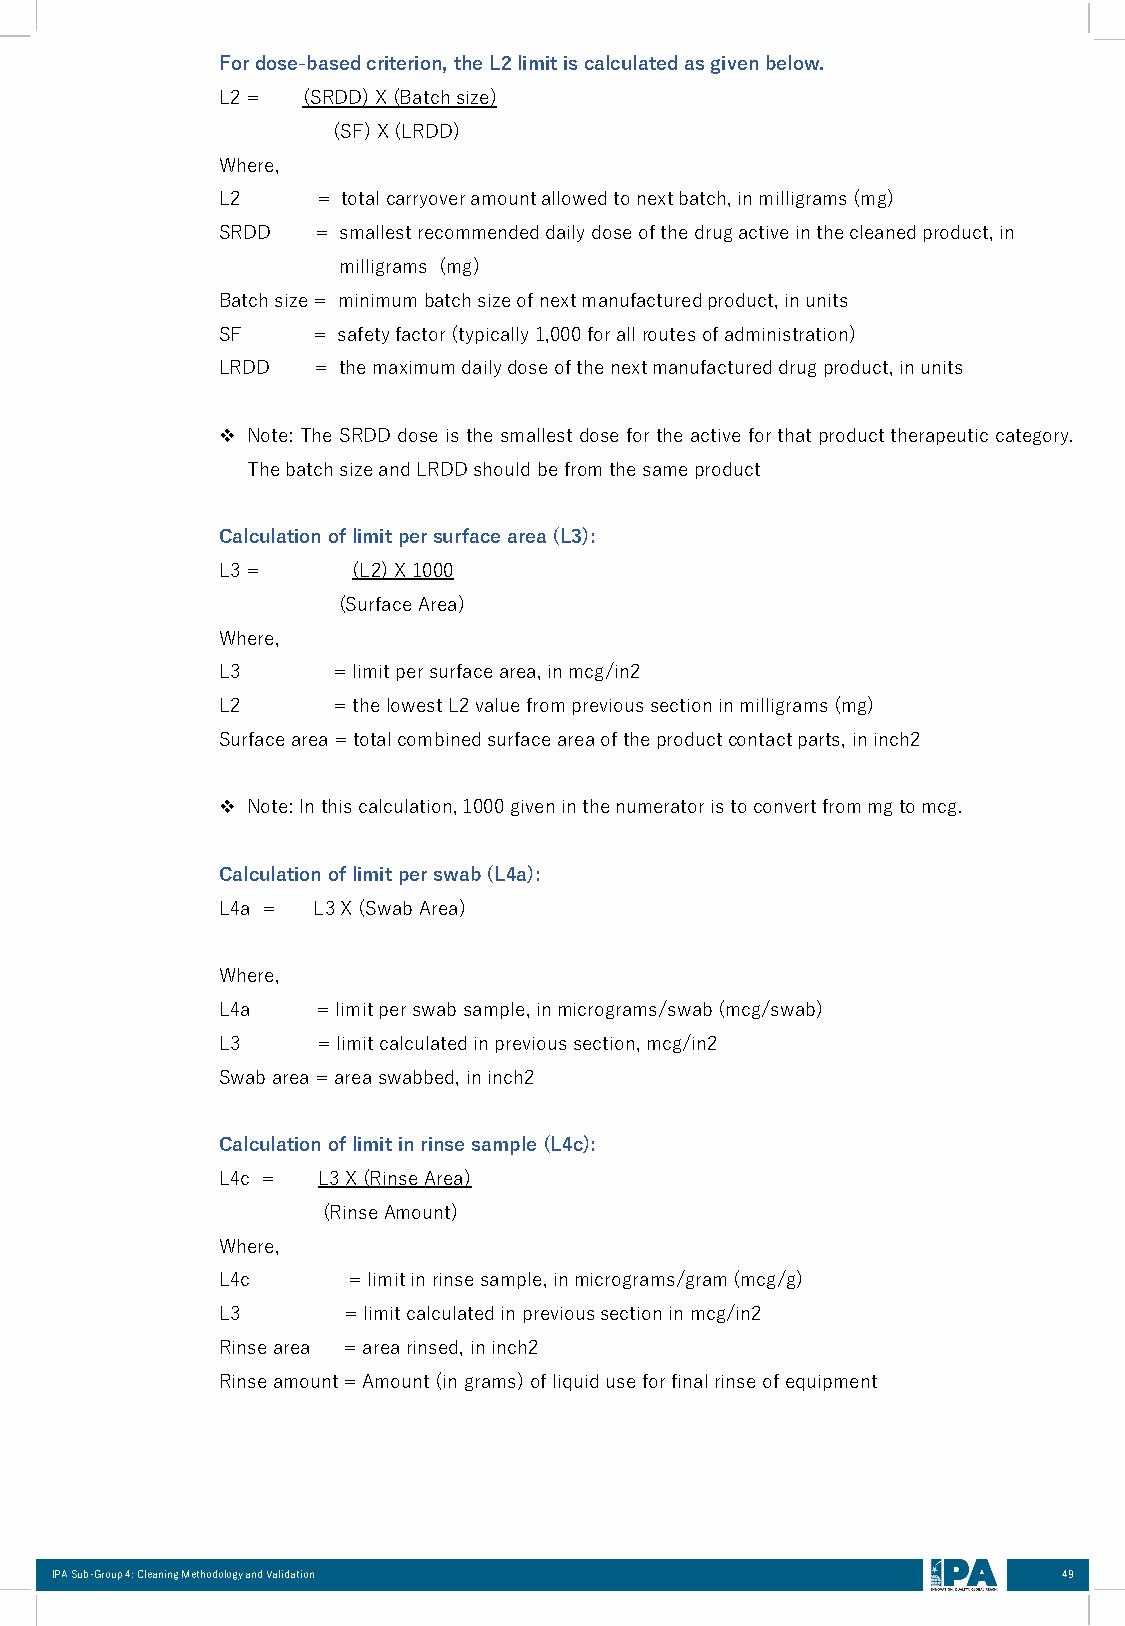
Fordose-basedcriterion, theL2limitiscalculatedasgivenbelow.
 L2=   (SRDD)X(Batchsize)
 (SF)X(LRDD)
 Where,
 L2     = totalcarryoveramountallowedtonextbatch,inmilligrams(mg)
 SRDD   = smallest recommended daily dose of the drug active in the cleaned product, in
 milligrams (mg)
 Batchsize= minimumbatchsizeofnextmanufacturedproduct,inunits
 SF     = safetyfactor(typically1,000forallroutesofadministration)
 LRDD   = themaximumdailydoseofthenextmanufactureddrugproduct,inunits
 ❖ Note:TheSRDD dose isthe smallestdose forthe activeforthatproducttherapeuticcategory.
 ThebatchsizeandLRDDshouldbefromthesameproduct
 Calculationoflimitpersurfacearea(L3):
 L3=      (L2)X1000
 (SurfaceArea)
 Where,
 L3      =limitpersurfacearea,inmcg/in2
 L2      =thelowestL2valuefromprevioussectioninmilligrams(mg)
 Surfacearea=totalcombinedsurfaceareaoftheproductcontactparts,ininch2
 ❖ Note:Inthiscalculation,1000giveninthenumeratoristoconvertfrommgtomcg.
 Calculationoflimitperswab(L4a):
 L4a =  L3X(SwabArea)
 Where,
 L4a    =limitperswabsample,inmicrograms/swab(mcg/swab)
 L3     =limitcalculatedinprevioussection,mcg/in2
 Swabarea=areaswabbed,ininch2
 Calculationoflimitinrinsesample(L4c):
 L4c =  L3X(RinseArea)
 (RinseAmount)
 Where,
 L4c      =limitinrinsesample,inmicrograms/gram(mcg/g)
 L3       =limitcalculatedinprevioussectioninmcg/in2
 Rinsearea =arearinsed,ininch2
 Rinseamount=Amount(ingrams)ofliquiduseforfinalrinseofequipment
 IPA Sub-Group 4: Cleaning Methodology and Validation               49